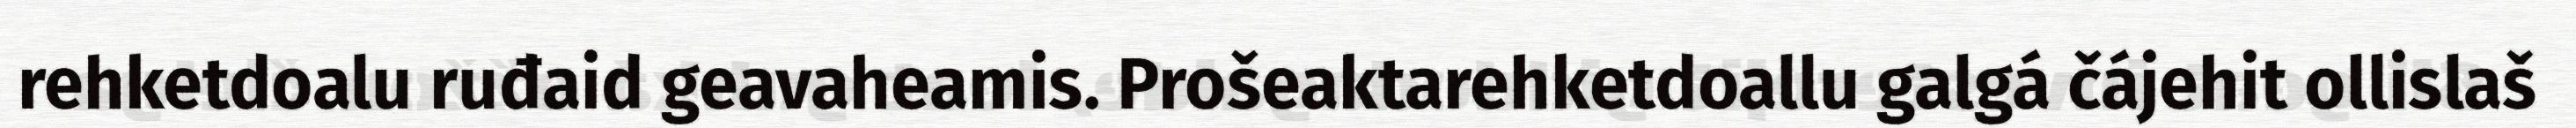
rehketdoalu ruđaid geavaheamis. Prošeaktarehketdoallu galgá čájehit ollislaš